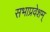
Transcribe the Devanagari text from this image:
सभाप्रवेशम्